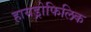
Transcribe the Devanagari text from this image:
हायड्रोफिलिक